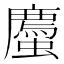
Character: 𫋡